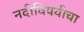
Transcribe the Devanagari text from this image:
नदीविषयीचा